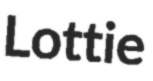
Lottie